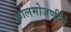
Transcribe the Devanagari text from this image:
कालमोजणीचे